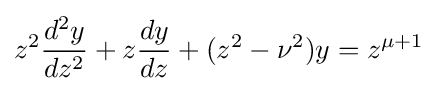
z^{2}{\frac {d^{2}y}{dz^{2}}}+z{\frac {dy}{dz}}+(z^{2}-\nu ^{2})y=z^{\mu +1}